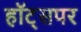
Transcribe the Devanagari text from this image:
हॉट्सपर